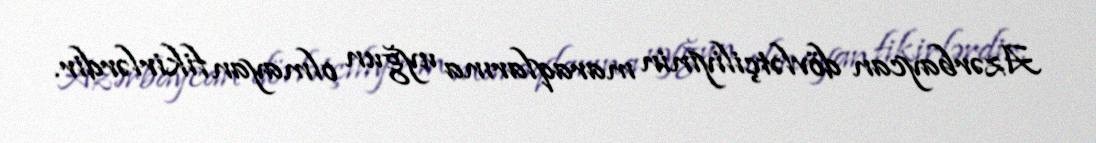
Azərbaycan dövlətçiliyinin maraqlarına uyğun olmayan fikirlərdir.